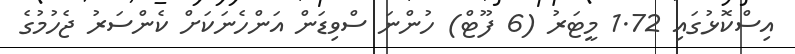
އިސްކޮޅުގައި 1.72 މީޓަރު (6 ފޫޓް) ހުންނަ ސްވިޑަން އަންހެނަކަށް ކެންސަރު ޖެހުމުގެ